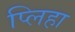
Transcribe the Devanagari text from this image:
प्लिहा